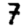
Digit: 7